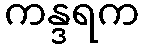
ကန္ဒရက